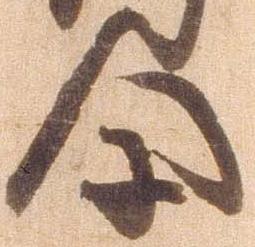
尓